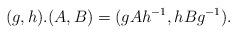
LaTeX: \begin{align*} (g,h).(A,B)=(gAh^{-1},hBg^{-1}).\end{align*}